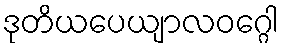
ဒုတိယပေယျာလဝဂ္ဂေါ